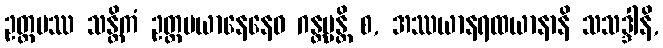
ဥတ္တမဿ သန္တိကံ ဥတ္တမယာနေနေဝ ဂန္တဗ္ဗန္တိ စ, အဿယာနရထယာနာနိ သသဒ္ဒါနိ,